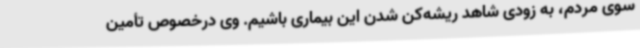
سوی مردم، به زودی شاهد ریشه‌کن شدن این بیماری باشیم. وی درخصوص تأمین